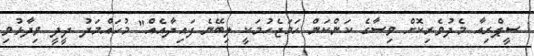
ސީޕްރިއާ މެދުވެރިކޮށް ވިސާގެ ކަންކަން ހަމަޖެހުމަކީ ލިބޭނެ ފައިދާއެއް" މުހައްމަދު ދީދީ ވިދާޅުވި